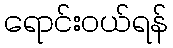
ရောင်းဝယ်ရန်